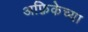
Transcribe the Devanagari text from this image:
अफ़्रिकेच्या